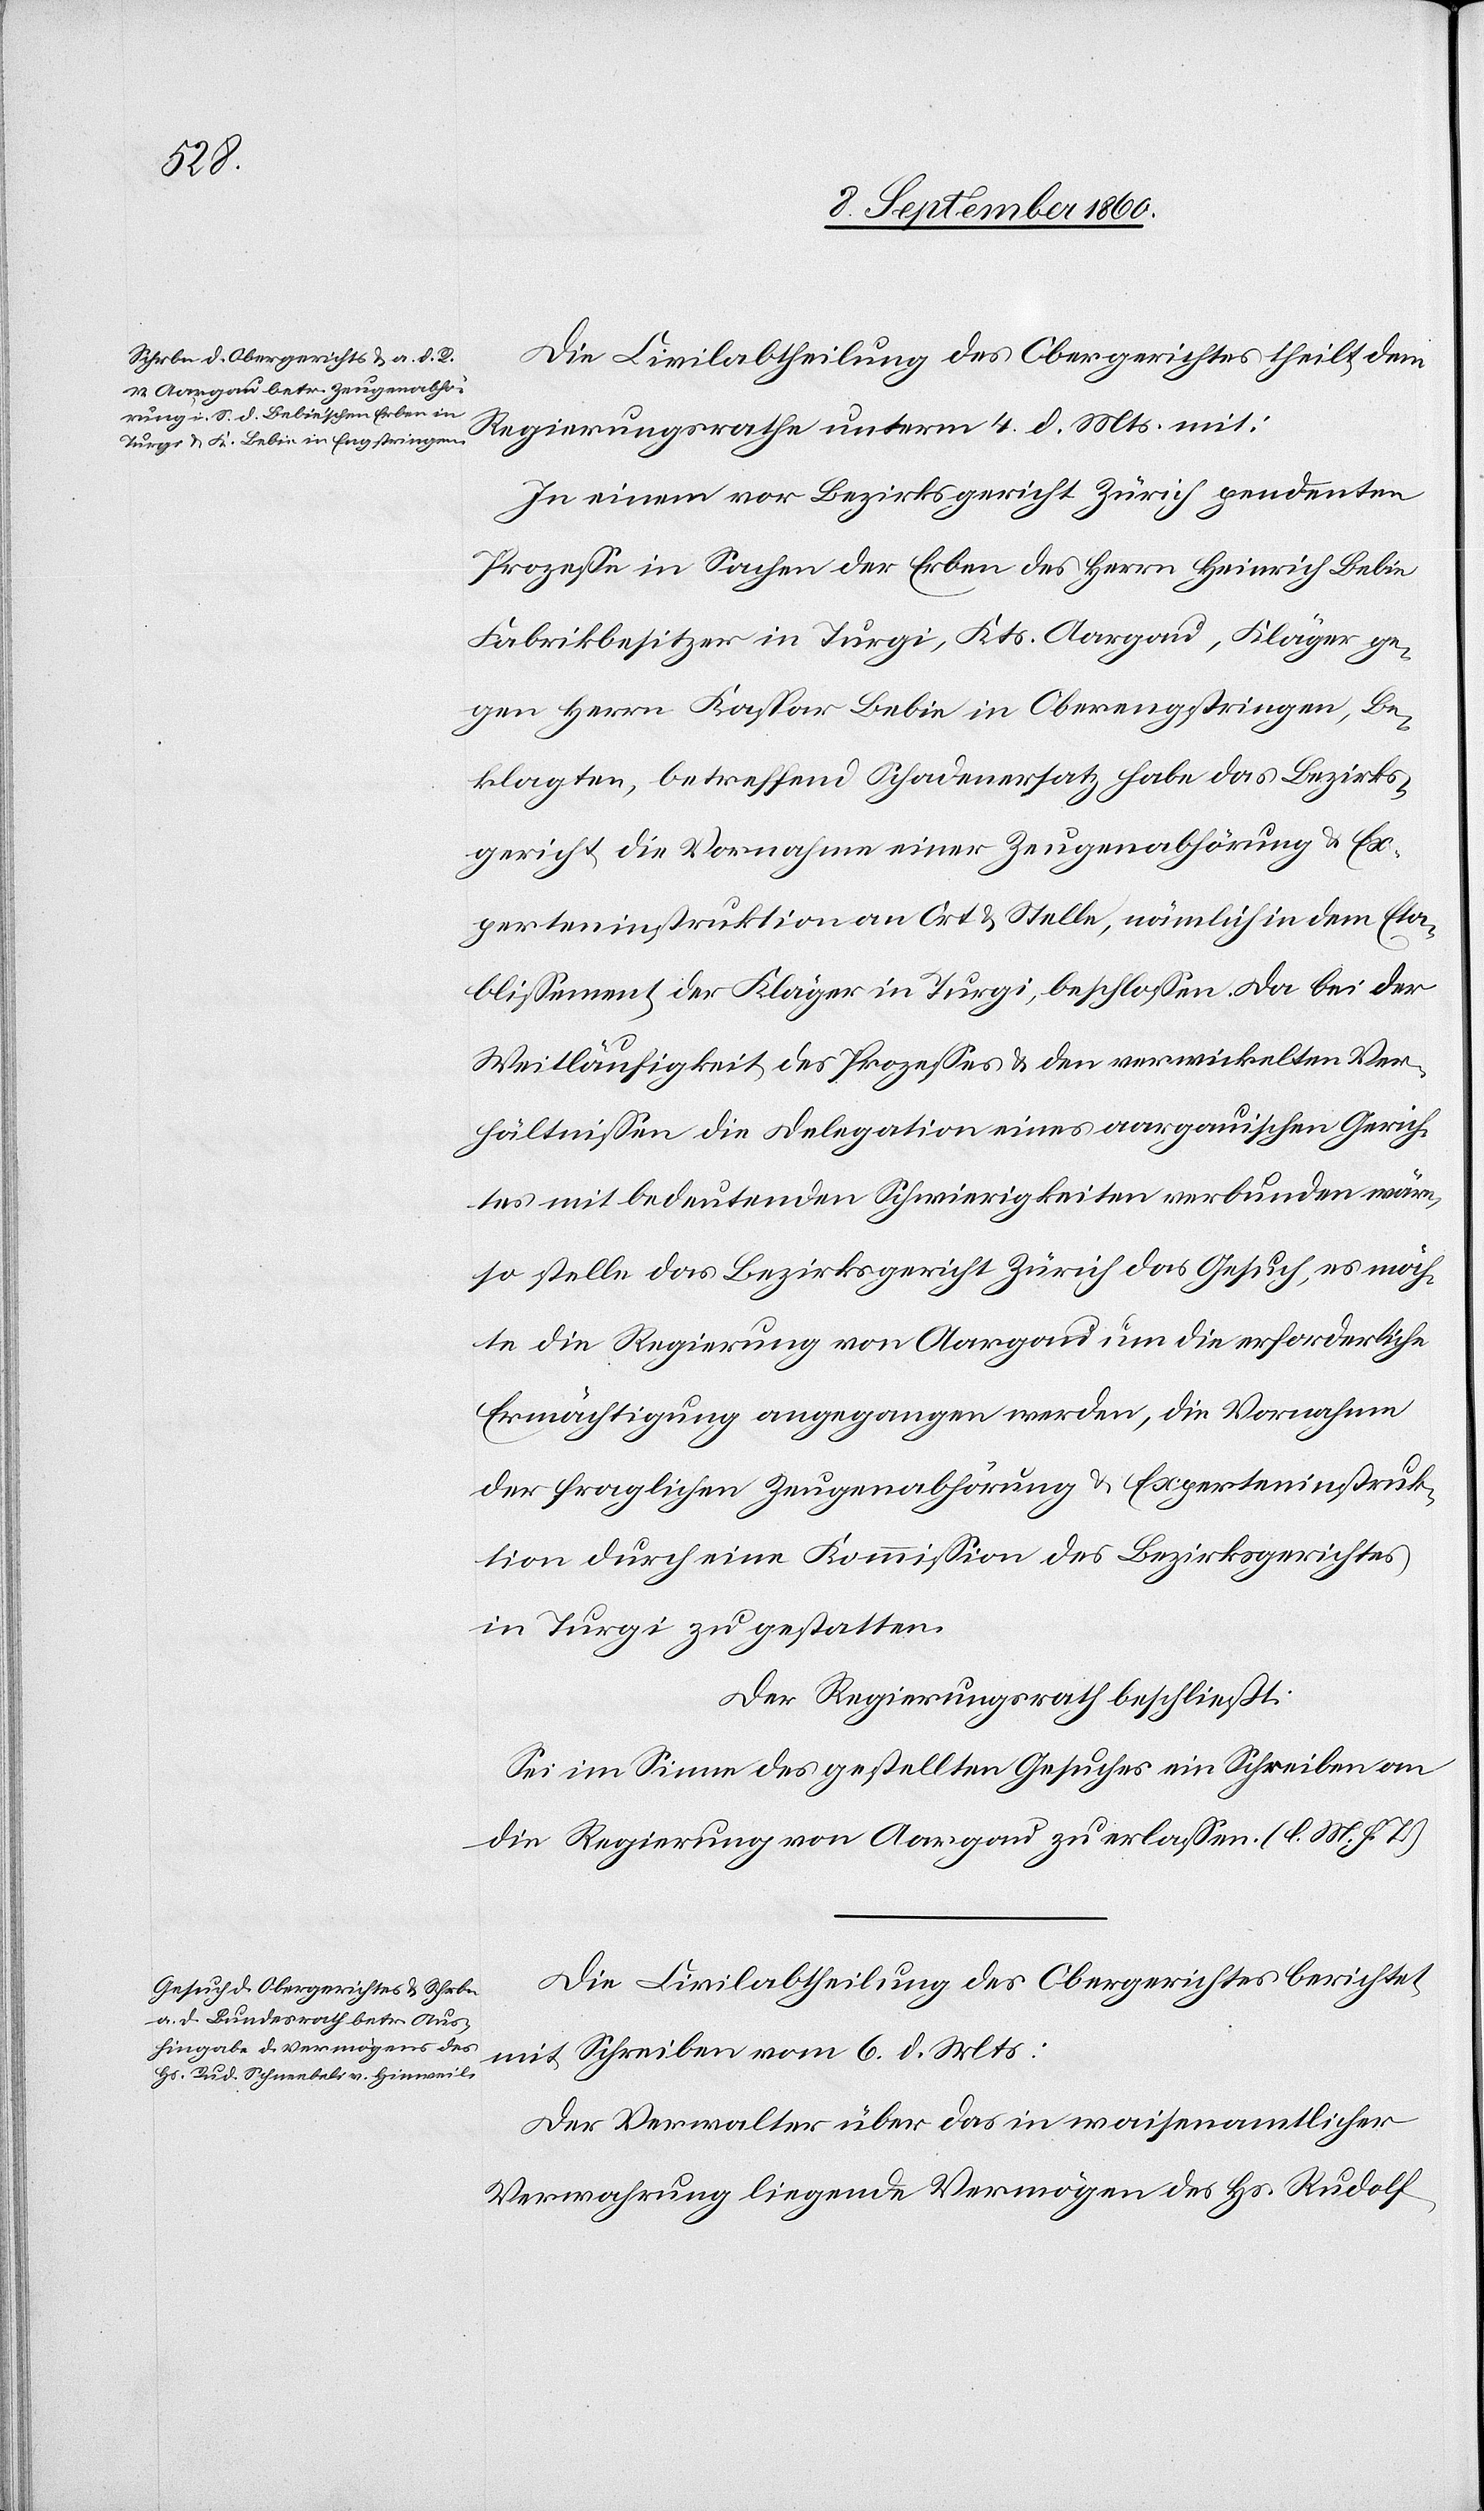
Die Civilabtheilung des Obergerichtes theilt dem
Regierungsrathe unterm 4. d. Mts. mit.
In einem vor Bezirksgericht Zürich pendenten
Prozesse in Sachen der Erben des Herrn Heinrich Bebie
Fabrikbesitzer in Turgi, Kantons Aargau, Kläger ge¬
gen Herrn Kaspar Bebie in Oberengstringen, Be¬
klagten, betreffend Schadenersatz, habe das Bezirks¬
gericht die Vornahme einer Zeugenabhörung u. Ex¬
perteninstruktion an Ort u. Stelle, nämlich in dem Eta¬
blissement der Kläger in Turgi, beschlossen: Da bei der
Weitläufigkeit des Prozesses u. den verwickelten Ver¬
hältnissen die Delegation eines Aargauischen Gerich¬
tes mit bedeutenden Schwierigkeiten verbunden wäre,
so stellte das Bezirksgericht Zürich das Gesuch, es möch¬
te die Regierung von Aargau um die erforderliche
Ermächtigung eingegangen werden, die Vornahme
der fraglichen Zeugenabhörung u. Experteninstruk¬
tion durch eine Kommission des Bezirksgerichtes
in Turgi zu gestatten.
Der Regierungsrath beschliesst.
Sei im Sinne des gestellten Gesuches ein Schreiben an
die Regierung von Aargau zu erlassen. (l. M. h. T)
Die Civilabtheilung des Obergerichtes berichtet
mit Schreiben vom 6. d. Mts:
Der Verwalter über das in waisenamtlicher
Verwahrung liegende Vermögen des Hs. Rudolf